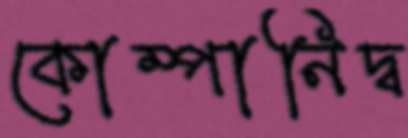
কোম্পানিদ্ব